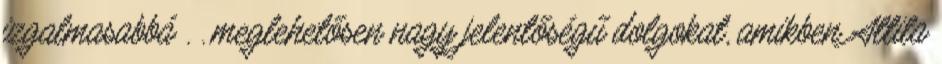
izgalmasabbá . . meglehetősen nagy jelentőségű dolgokat, amikben Attila